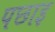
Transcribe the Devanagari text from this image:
पछाइ